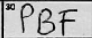
Transcription: PBF